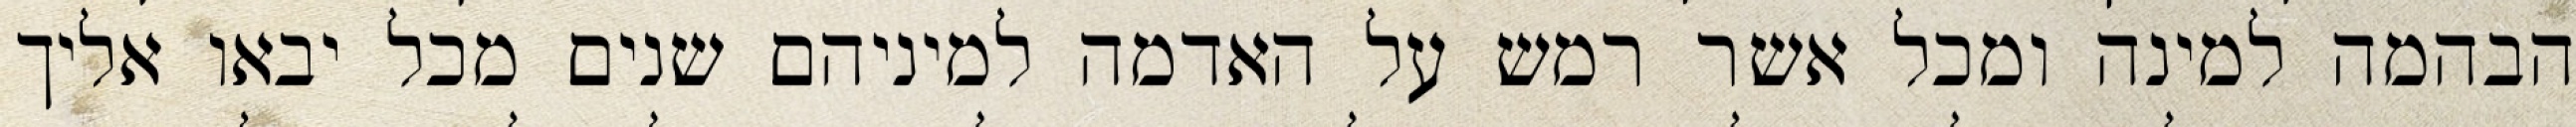
הבהמה למינה ומכל אשר רמש על האדמה למיניהם שנים מכל יבאו אליך